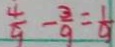
\frac { 4 } { 9 } - \frac { 3 } { 9 } = \frac { 1 } { 9 }